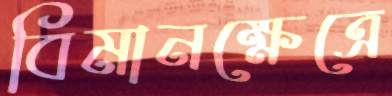
বিমানক্ষেত্রে